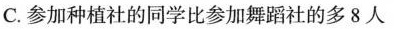
C.参加种植社的同学比参加舞蹈社的多8人